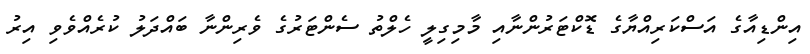
އިންޑިއާގެ އަސްކަރިއްޔާގެ ޑޮކްޓަރުންނާއި މާމިގިލީ ހެލްތު ސެންޓަރުގެ ވެރިންނާ ބައްދަލު ކުރެއްވެވި އިރު